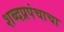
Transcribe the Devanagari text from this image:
शब्दप्रपंचाचा